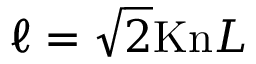
\ell = \sqrt { 2 } \mathrm { K n } L